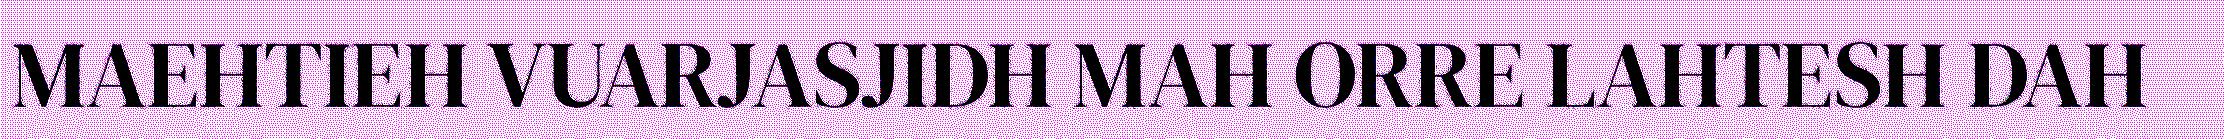
MAEHTIEH VUARJASJIDH MAH ORRE LAHTESH DAH